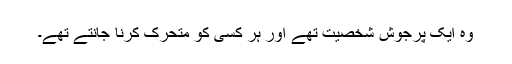
وہ ایک پُرجوش شخصیت تھے اور ہر کسی کو متحرّک کرنا جانتے تھے۔